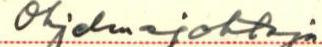
Ohjelmajohtaja